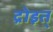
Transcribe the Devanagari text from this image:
द्रोइत्